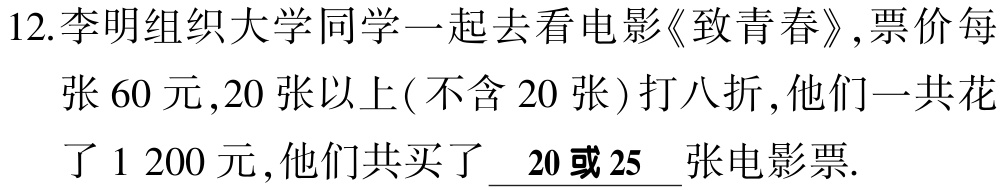
12.李明组织大学同学一起去看电影《致青春》,票价每张$60$元,$20$张以上(不含$20$张)打八折,他们一共花了$1\ 200$元,他们共买了$\underline{\ 20或25\ }$张电影票.